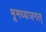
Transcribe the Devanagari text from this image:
भूमध्यजगत्‌